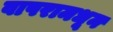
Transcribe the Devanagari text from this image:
वापरामधून